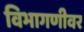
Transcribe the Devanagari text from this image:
विभागणीवर